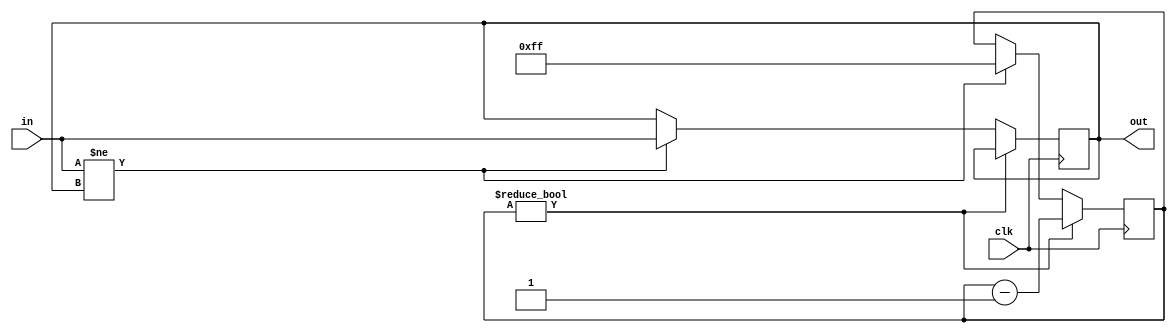
// hyster.v
//
// input change hysteresis with minumum hold time (pulse stretching)
//

module hyster #(
  parameter              MIN_TIME = 256   // minimum stable clock-cycles
) (
  input                  clk,             // clock signal
  input                  in,              // noisy input
  output                 out              // stable output
);

  reg last = 0;  // last stable value

  // stability timer
  localparam N_TIMER = $clog2(MIN_TIME);
  reg [N_TIMER-1:0] timer = 0;

  always @(posedge clk)
    if (timer)  // counting down (hold)
      timer <= timer - 1'b1;
    else if (in != last)  // change
      begin
        last <= in;
        timer <= (MIN_TIME - 1);  // reset timer
      end

  assign out = last;

endmodule